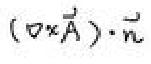
$(\nabla\times\vec{A})\cdot\vec{n}$